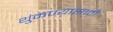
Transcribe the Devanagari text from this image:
थुंकण्यासाठी